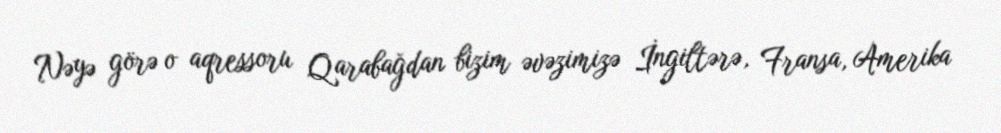
Nəyə görə o aqressoru Qarabağdan bizim əvəzimizə İngiltərə, Fransa, Amerika